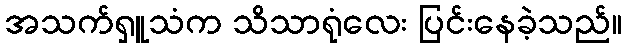
အသက်ရှူသံက သိသာရုံလေး ပြင်းနေခဲ့သည်။